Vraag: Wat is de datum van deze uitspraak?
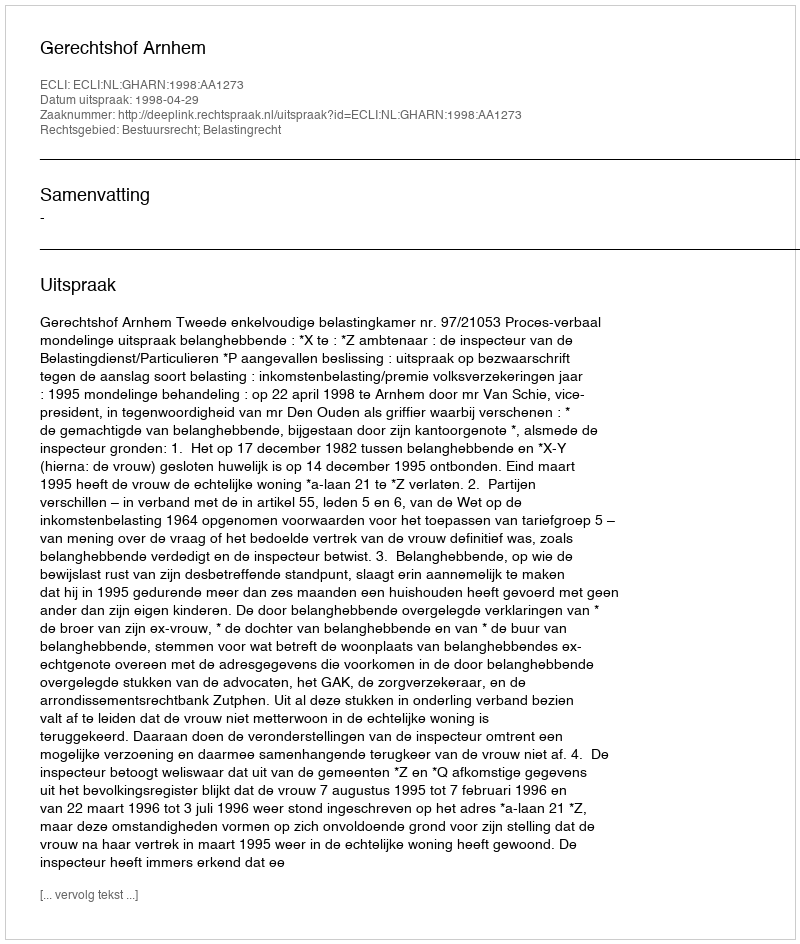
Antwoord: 1998-04-29